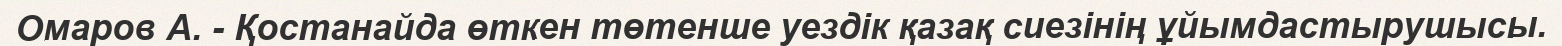
Омаров А. - Қостанайда өткен төтенше уездік қазақ сиезінің ұйымдастырушысы.